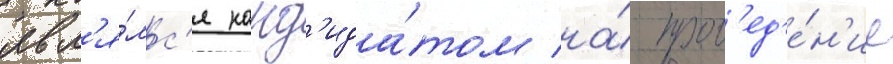
явл'я́лс'я канд'ида́том на́ пров'ед'е́н'ие